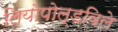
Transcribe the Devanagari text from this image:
लियोपोल्डविले